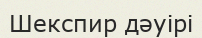
Шекспир дәуірі